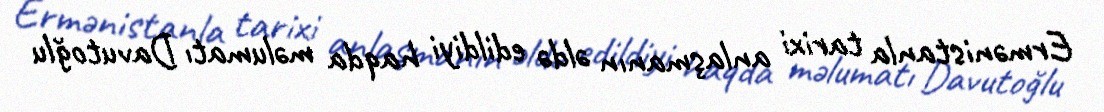
Ermənistanla tarixi anlaşmanın əldə edildiyi haqda məlumatı Davutoğlu